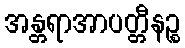
အန္တရာအာပတ္တီနဉ္စ